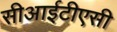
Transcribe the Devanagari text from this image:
सीआईटीएसी